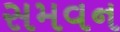
સમવન